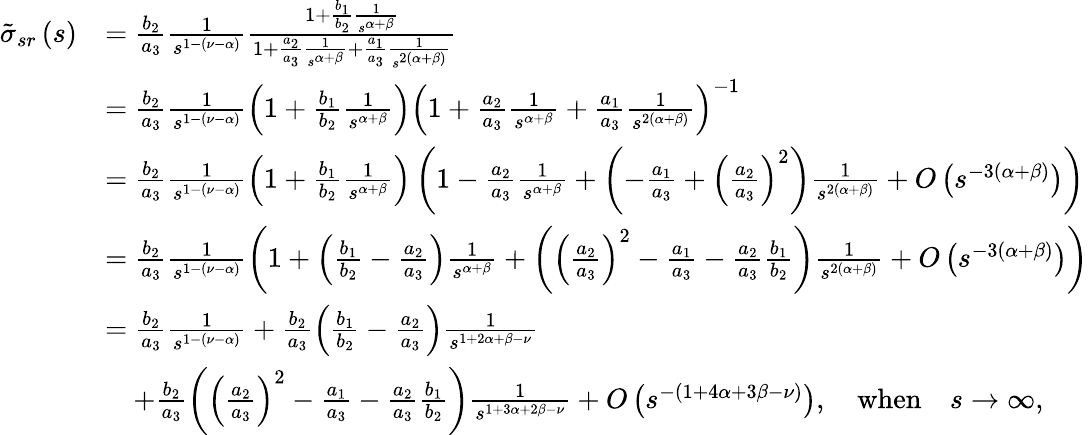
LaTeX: \begin{array}{rl}{\tilde{\sigma}_{sr}\left(s\right)}&{=\frac{b_{2}}{a_{3}}\frac{1}{s^{1-\left(\nu-\alpha\right)}}\frac{1+\frac{b_{1}}{b_{2}}\frac{1}{s^{\alpha+\beta}}}{1+\frac{a_{2}}{a_{3}}\frac{1}{s^{\alpha+\beta}}+\frac{a_{1}}{a_{3}}\frac{1}{s^{2\left(\alpha+\beta\right)}}}}\\ &{=\frac{b_{2}}{a_{3}}\frac{1}{s^{1-\left(\nu-\alpha\right)}}\left(1+\frac{b_{1}}{b_{2}}\frac{1}{s^{\alpha+\beta}}\right)\left(1+\frac{a_{2}}{a_{3}}\frac{1}{s^{\alpha+\beta}}+\frac{a_{1}}{a_{3}}\frac{1}{s^{2\left(\alpha+\beta\right)}}\right)^{-1}}\\ &{=\frac{b_{2}}{a_{3}}\frac{1}{s^{1-\left(\nu-\alpha\right)}}\left(1+\frac{b_{1}}{b_{2}}\frac{1}{s^{\alpha+\beta}}\right)\left(1-\frac{a_{2}}{a_{3}}\frac{1}{s^{\alpha+\beta}}+\left(-\frac{a_{1}}{a_{3}}+\left(\frac{a_{2}}{a_{3}}\right)^{2}\right)\frac{1}{s^{2\left(\alpha+\beta\right)}}+O\left(s^{-3\left(\alpha+\beta\right)}\right)\right)}\\ &{=\frac{b_{2}}{a_{3}}\frac{1}{s^{1-\left(\nu-\alpha\right)}}\left(1+\left(\frac{b_{1}}{b_{2}}-\frac{a_{2}}{a_{3}}\right)\frac{1}{s^{\alpha+\beta}}+\left(\left(\frac{a_{2}}{a_{3}}\right)^{2}-\frac{a_{1}}{a_{3}}-\frac{a_{2}}{a_{3}}\frac{b_{1}}{b_{2}}\right)\frac{1}{s^{2\left(\alpha+\beta\right)}}+O\left(s^{-3\left(\alpha+\beta\right)}\right)\right)}\\ &{=\frac{b_{2}}{a_{3}}\frac{1}{s^{1-\left(\nu-\alpha\right)}}+\frac{b_{2}}{a_{3}}\left(\frac{b_{1}}{b_{2}}-\frac{a_{2}}{a_{3}}\right)\frac{1}{s^{1+2\alpha+\beta-\nu}}}\\ &{\quad+\frac{b_{2}}{a_{3}}\left(\left(\frac{a_{2}}{a_{3}}\right)^{2}-\frac{a_{1}}{a_{3}}-\frac{a_{2}}{a_{3}}\frac{b_{1}}{b_{2}}\right)\frac{1}{s^{1+3\alpha+2\beta-\nu}}+O\left(s^{-\left(1+4\alpha+3\beta-\nu\right)}\right),\quad\mathrm{when}\quad s\rightarrow\infty\mathrm{,}}\end{array}